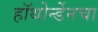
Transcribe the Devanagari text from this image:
हॉथोर्न्डेनचा